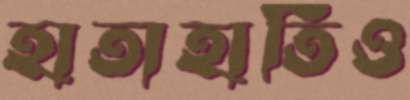
হাতাহাতিও